Report of the Imperial Institute of Veterinary Research, Muktesar
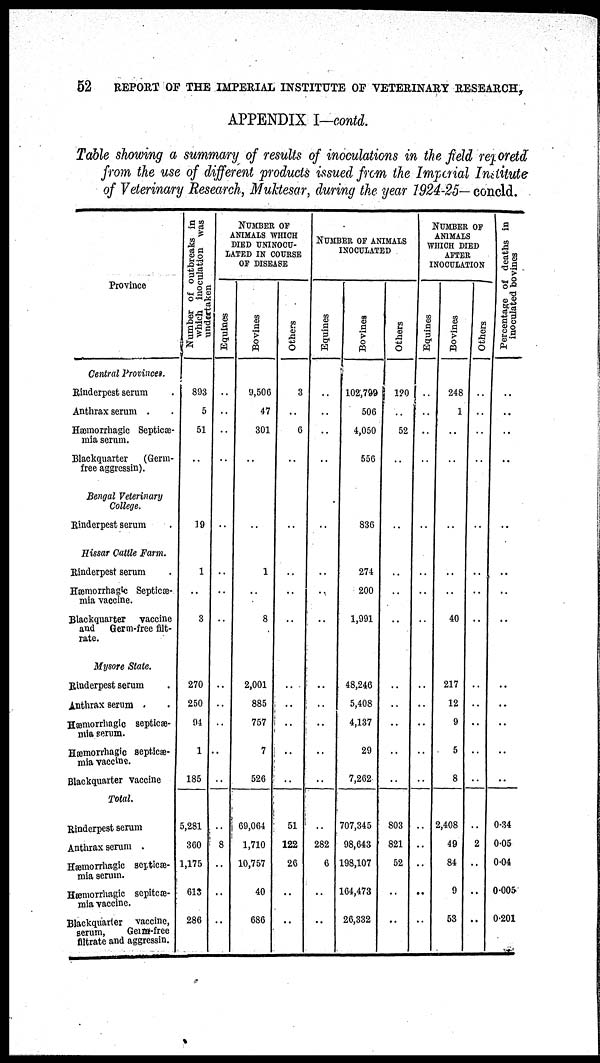
52
REPORT OF THE IMPERIAL INSTITUTE OF VETERINARY RESEARCH,
APPENDIX I-contd.
Table showing a summary of results of inoculations in the field reporetd
from the use of different products issued from the Imperial Institute
of Veterinary Research, Muktesar, during the year 1924-25— concld.
Province
Central Provinces.
Rinderpest serum.
Anthrax serum .
Hæmorrhagic Septiæ-
mia serum.
Blackquarter
(Germ-
free aggressin).
Bengal Veterinary
College.
Rinderpest serum
Hissar Cattle Farm.
Rinderpest serum
Hæmorrhagic Septicæ¬
mia vaccine.
Blackquarter
vaccine
and
Germ-free filt-
rate.
Mysore State.
Rinderpest serum
Anthrax serum .
Hæmorrhagic septicæ-
mia serum.
Hæmorrhagic septicæ-
mia vaccine.
Blackquarter vaccine
Total.
Rinderpest serum
Anthrax serum .
Hæmorrhagic septicæ-
mia serum.
Hæmorrhagic sopiteæ-
mia vaccine.
Blackquarter vaccine,
serum,
Germ-free
filtrate and aggressin.
Number of outbreaks in
which inoculation was
undertaken
893
5
51
..
..
19
1
3
270
250
94
1
185
5,281
360
1,175
613
286
NUMBER OF
ANIMALS WHICH
DIED UNINOCU¬
LATED IN COURSE
OF DISEASE
Equines
..
..
..
..
..
..
..
..
..
..
..
..
..
..
..
8
..
..
..
Bovines
9,506
47
301
...
..
..
1
..
8
2,001
885
757
7
526
69,064
1,710
10,757
40
686
Others
3
..
6
..
..
..
..
..
..
..
..
..
..
..
51
122
26
..
..
NUMBER OF ANIMALS
INOCULATED .
Equines
..
..
..
..
..
..
..
..
..
..
..
..
..
..
..
282
6
..
..
Bovines
102,799
506
4,050
556
..
836
274
200
1,991
48,246
5,408
4,137
29
7,262
707,345
98,643
198,107
164,473
26,332
Others
120
..
52
..
..
..
..
..
..
..
..
..
803
821
52
..
..
NUMBER OF
ANIMALS
WHICH DIED
AFTER
INOCULATION
Equines
..
..
..
..
..
..
..
..
..
..
..
..
..
..
..
..
..
..
..
Bovines
248
1
..
..
..
..
..
..
40
217
12
9
5
8
2,408
49
84
9
53
Others
..
..
..
..
..
..
..
..
..
..
..
..
..
..
2
..
..
Percentage of deaths in
inoculated bovines
..
..
..
..
..
..
..
..
..
..
..
0.34
0.05
0.04
0.005
0.201